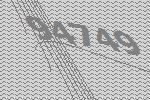
94749